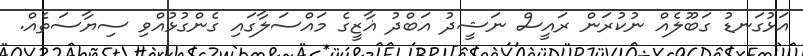
އަޅުގަނޑު ގަބޫލެއް ނުކުރަން ރައީސް ނަޝީދު އަބްދު ޣާޒީގެ މައްސަލާގައި ގެންގުޅުއްވި ސިޔާސަތެއް.